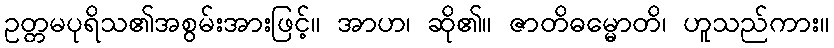
ဥတ္တမပုရိသ၏အစွမ်းအားဖြင့်။ အာဟ၊ ဆို၏။ ဇာတိဓမ္မောတိ၊ ဟူသည်ကား။